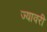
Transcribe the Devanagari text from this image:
ज्यावरी